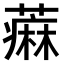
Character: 𫉭